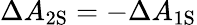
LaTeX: \Delta A_{\mathrm{{2S}}}=-\Delta A_{\mathrm{{1S}}}